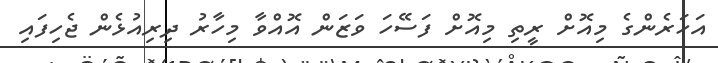
އަހަރެންގެ މިއޮށް ރީތި މިއޮށް ފަސޭހަ ވަޒަން އޮއްވާ މިހާރު ދިރިއުޅެން ޖެހިފައި